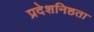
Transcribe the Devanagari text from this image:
प्रदेशनिष्ठता